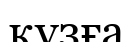
құзға